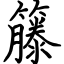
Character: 籐